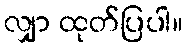
လျှာ ထုတ်ပြပါ။